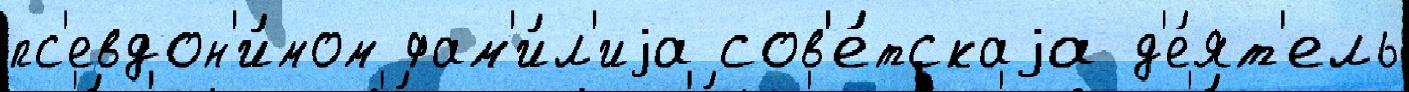
пс'евдон'и́мом фам'и́л'иjа сов'е́тскаjа д'е́ят'ель